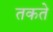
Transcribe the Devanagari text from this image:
तकते